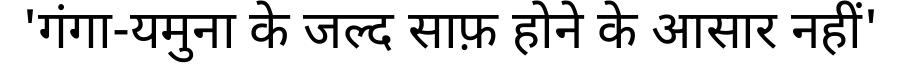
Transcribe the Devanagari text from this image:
'गंगा-यमुना के जल्द साफ़ होने के आसार नहीं'